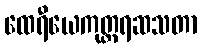
ထေရီယေကုတ္တရဆသတာ